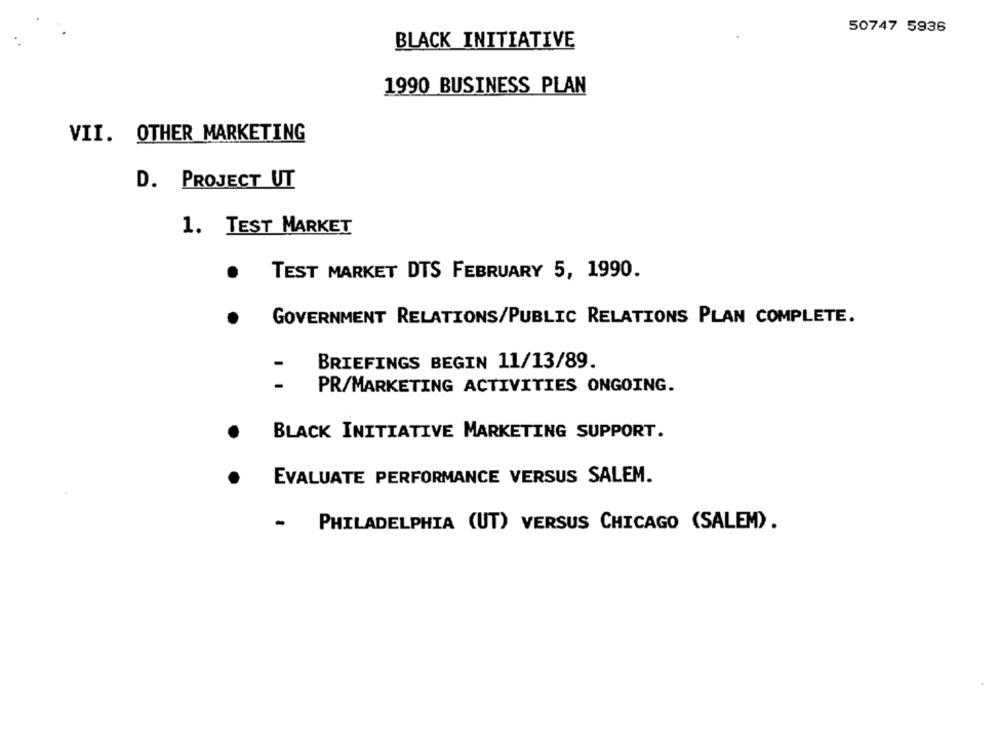
50747 5936
BLACK INITIATIVE
1990 BUSINESS PLAN
VII. OTHER MARKETING
D. PROJECT UT
1. TEST MARKET
TEST MARKET DTS FEBRUARY 5, 1990.
GOVERNMENT RELATIONS/PUBLIC RELATIONS PLAN COMPLETE.
BRIEFINGS BEGIN 11/13/89.
PR/MARKETING ACTIVITIES ONGOING.
BLACK INITIATIVE MARKETING SUPPORT.
EVALUATE PERFORMANCE VERSUS SALEM.
PHILADELPHIA (UT) VERSUS CHICAGO (SALEM).